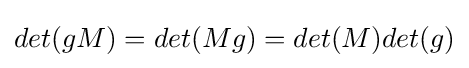
det(gM)=det(Mg)=det(M)det(g)